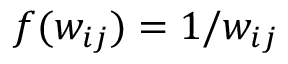
f ( w _ { i j } ) = 1 / w _ { i j }